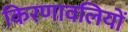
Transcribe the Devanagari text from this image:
किरणावलियों